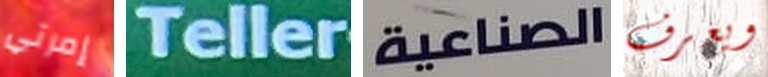
إمرتي Teller الصناعية ويعرف